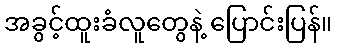
အခွင့်ထူးခံလူတွေနဲ့ ပြောင်းပြန်။